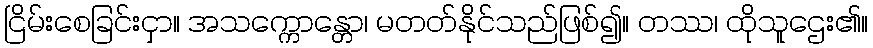
ငြိမ်းစေခြင်းငှာ။ အသက္ကောန္တော၊ မတတ်နိုင်သည်ဖြစ်၍။ တဿ၊ ထိုသူဌေး၏။